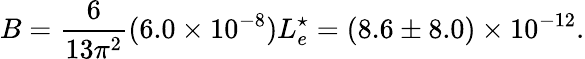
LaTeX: B=\frac{6}{13\pi^{2}}(6.0\times 10^{-8})L_{e}^{\star}=(8.6\pm 8.0)\times 10^{-12}.